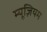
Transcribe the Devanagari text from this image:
म्‍यूज़ियम